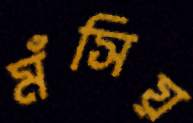
মঁসিয়